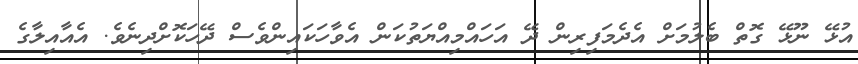
އުޅޭ ނޫޅޭ ގޮތް ބެލުމަށް އެދެމަފިރިން ދޭ އަހައްމިއްޔަތުކަން އެވާހަކައިންވެސް ދޭހަކޮށްދިނެވެ. އެއާއިލާގެ